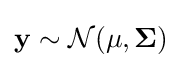
\mathbf {y} \sim {\mathcal {N}}(\mathbf {\mu } ,\mathbf {\Sigma } )